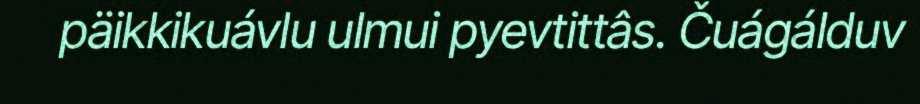
päikkikuávlu ulmui pyevtittâs. Čuágálduv